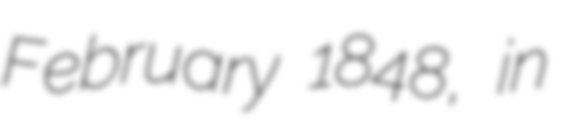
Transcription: February 1848, in